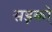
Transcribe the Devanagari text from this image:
सड़को़